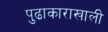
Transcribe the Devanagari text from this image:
पुढाकाराखाली